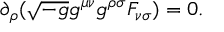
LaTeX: \partial _ { \rho } ( \sqrt { - g } g ^ { \mu \nu } g ^ { \rho \sigma } F _ { \nu \sigma } ) = 0 .